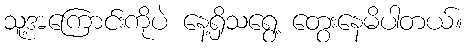
သူ့အကြောင်းကိုပဲ နေ့ရှိသရွေ့ တွေးနေမိပါတယ်။